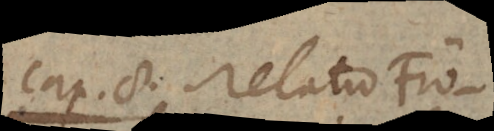
cap. 8 Relatio Frö-